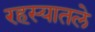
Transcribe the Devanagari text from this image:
रहस्यातले